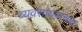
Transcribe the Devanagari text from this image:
व्यवसायवाचक